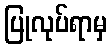
ပြုလုပ်ရာမှ